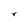
Character: r